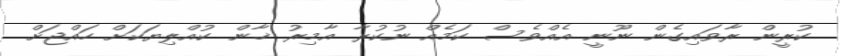
ކުރީން ރާވައިގެން ނޫނީ އެއްވެސް ކަމެއް ނުކުރާ އާމިރު ޚާން ކުއްލިޔަކަށް ހައްޖަށް